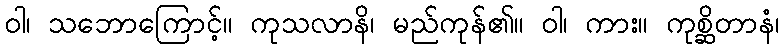
ဝါ၊ သဘောကြောင့်။ ကုသလာနိ၊ မည်ကုန်၏။ ဝါ၊ ကား။ ကုစ္ဆိတာနံ၊